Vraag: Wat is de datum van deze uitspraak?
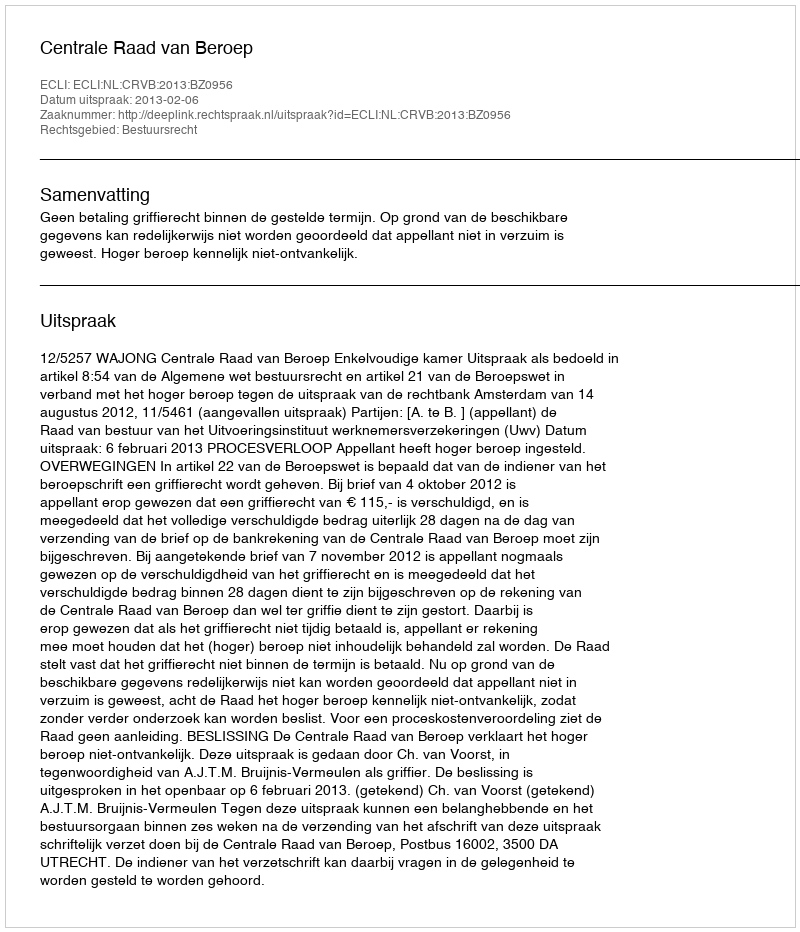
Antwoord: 2013-02-06